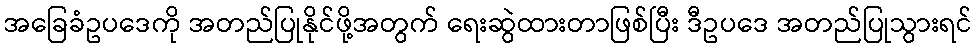
အခြေခံဥပဒေကို အတည်ပြုနိုင်ဖို့အတွက် ရေးဆွဲထားတာဖြစ်ပြီး ဒီဥပဒေ အတည်ပြုသွားရင်